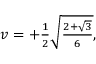
\begin{array} { r } { v = + \frac { 1 } { 2 } \sqrt { \frac { 2 + \sqrt { 3 } } { 6 } } , } \end{array}